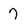
Character: 7